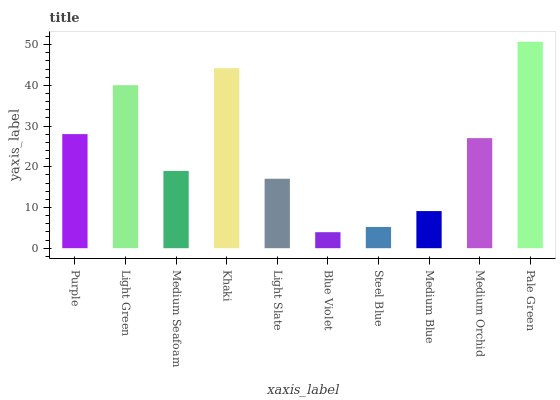
| xaxis_label | bars |
 | --- | --- |
 | Purple | 28 |
 | Light Green | 40 |
 | Medium Seafoam | 19 |
 | Khaki | 44.2 |
 | Light Slate | 17.1 |
 | Blue Violet | 3.93 |
 | Steel Blue | 5.22 |
 | Medium Blue | 9.12 |
 | Medium Orchid | 27 |
 | Pale Green | 50.7 |